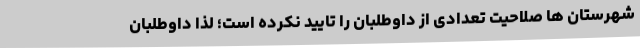
شهرستان ها صلاحیت تعدادی از داوطلبان را تایید نکرده است؛ لذا داوطلبان